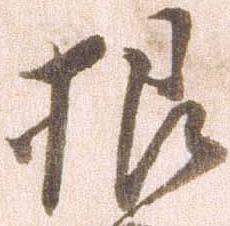
根